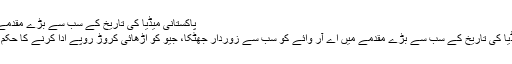
پاکستانی میڈیا کی تاریخ کے سب سے بڑے مقدمے میں اے آر
پاکستانی میڈیا کی تاریخ کے سب سے بڑے مقدمے میں اے آر وائے کو سب سے زوردار جھٹکا، جیو کو اڑھائی کروڑ روپے ادا کرنے کا حکم آگیا کیونکہ۔